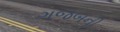
ગજબની